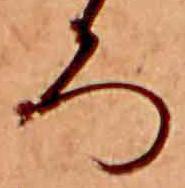
ろ